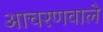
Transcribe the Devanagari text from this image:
आचरणवाले